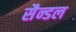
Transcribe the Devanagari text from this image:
सैन्डल